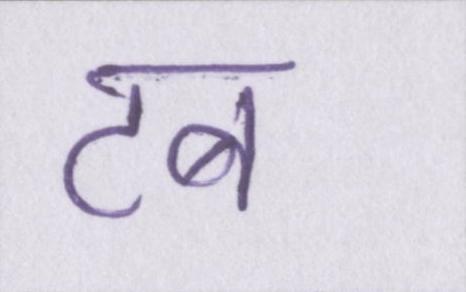
टब